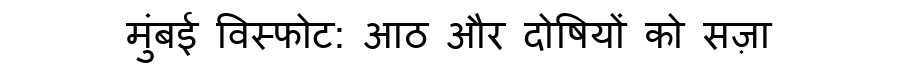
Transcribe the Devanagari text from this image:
मुंबई विस्फोट: आठ और दोषियों को सज़ा